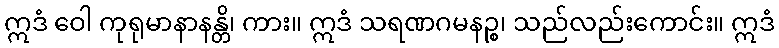
ဣဒံ ဝေါ ကုရုမာနာနန္တိ၊ ကား။ ဣဒံ သရဏဂမနဉ္စ၊ သည်လည်းကောင်း။ ဣဒံ